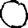
Digit: 0